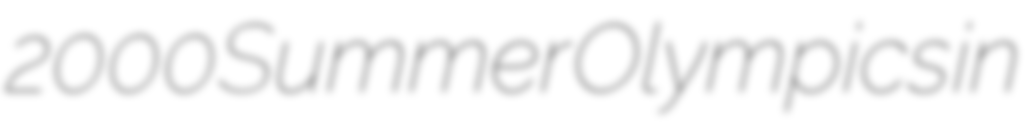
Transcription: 2000 Summer Olympics in